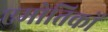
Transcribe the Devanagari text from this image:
एमोतिकों